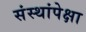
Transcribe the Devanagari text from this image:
संस्थांपेक्षा